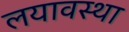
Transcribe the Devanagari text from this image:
लयावस्था